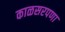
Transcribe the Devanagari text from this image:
काळसरपणा